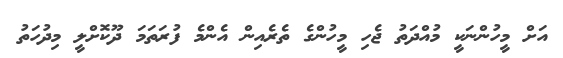
އަށް މީހުންނަކީ މުއްދަތު ޖެހި މީހުންގެ ތެރެއިން އެންމެ ފުރަތަމަ ދޫކޮށްލީ މިދުހަތު